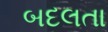
બદલતા